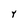
Character: Y